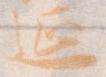
延